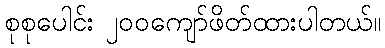
စုစုပေါင်း ၂၀၀ကျော်ဖိတ်ထားပါတယ်။